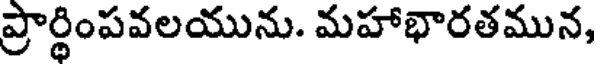
ప్రార్ధింపవలయును. మహాభారతమున,